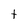
Character: t